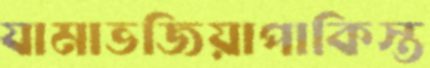
যামাভজিয়াপাকিস্ত